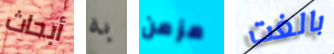
أبحاث به مزمن بالغت